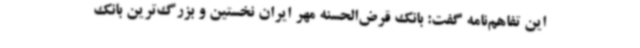
این تفاهم‌نامه گفت: بانک قرض‌الحسنه مهر ایران نخستین و بزرگ‌ترین بانک